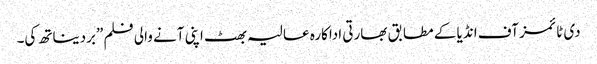
دی ٹائمز آف انڈیا کے مطابق بھارتی اداکارہ عالیہ بھٹ اپنی آنے والی فلم ”بردیناتھ کی۔